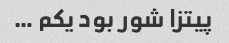
پیتزا شور بود یکم …